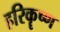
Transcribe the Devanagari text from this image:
हरिकॄष्ण